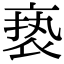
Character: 亵